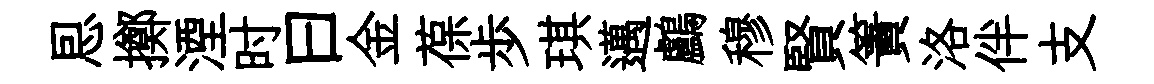
㤙擲湮时曰金葆歩琪邁鸕穆賢簀洛伴支